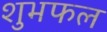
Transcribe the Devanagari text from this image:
शुभफल